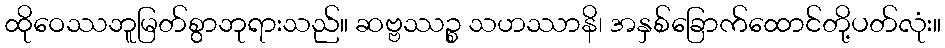
ထိုဝေဿဘူမြတ်စွာဘုရားသည်။ ဆဗ္ဗဿဉ္စ သဟဿာနိ၊ အနှစ်ခြောက်ထောင်တို့ပတ်လုံး။